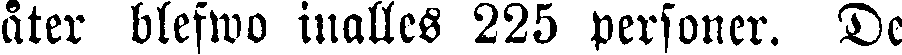
åter blefwo inalles 225 personer. De